Vaccination in Burma 1920-1933 - 1920-1933
Year: 1920
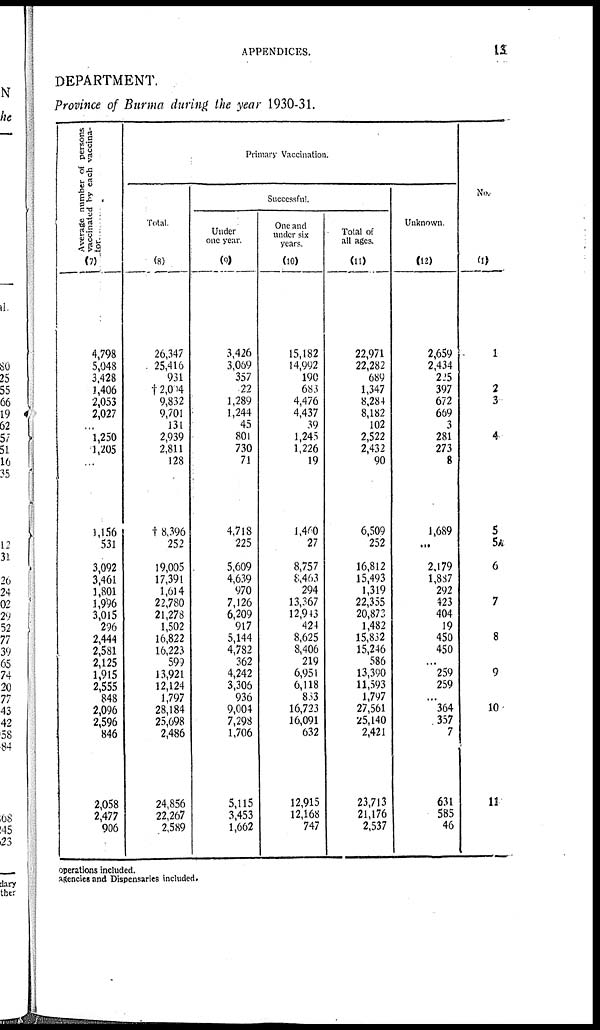
APPENDICES.
13
DEPARTMENT.
Province of Burma during the year 1930-31.
Average number of persons
vaccinated by each vaccina-
tor.
(7)
4,798
5,048
3,428
1,406
2,053
2,027
...
1,250
1,205
...
1,156
531
3,092
3,461
1,801
1,996
3,015
296
2,444
2,581
2,125
1,915
2,555
848
2,096
2,596
846
2,058
2,477
906
Primary Vaccination.
Total.
(8)
26,347
25,416
931
†2,004
9,832
9,701
131
2,939
2,811
128
† 8,396
252
19,005
17,391
1,614
22,780
21,278
1,502
16,822
16,223
599
13,921
12,124
1,797
28,184
25,698
2,486
24,856
22,267
2,589
Successful.
Under
one year.
(9)
3,426
3,069
357
22
1,289
1,244
45
801
730
71
4,718
225
5,609
4,639
970
7,126
6,209
917
5,144
4,782
362
4,242
3,306
936
9,004
7,298
1,706
5,115
3,453
1,662
One and
under six
years.
(10)
15,182
14,992
190
683
4,476
4,437
39
1,245
1,226
19
1,460
27
8,757
8,463
294
13,367
12,943
424
8,625
8,406
219
6,951
6,118
833
16,723
16,091
632
12,915
12,168
747
Total of
all ages.
(11)
22,971
22,282
689
1,347
8,284
8,182
102
2,522
2,432
90
6,509
252
16,812
15,493
1,319
22,355
20,873
1,482
15,832
15,246
586
13,390
11,593
1,797
27,561
25,140
2,421
23,713
21,176
2,537
Unknown.
(12)
2,659
2,434
225
397
672
669
3
281
273
8
1,689
...
2,179
1,887
292
423
404
19
450
450
...
259
259
...
364
357
7
631
585
46
No.
(1)
1
2
3
4
5
5A
6
7
8
9
10
11
operations included.
agencies and Dispensaries included.